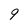
Character: 9